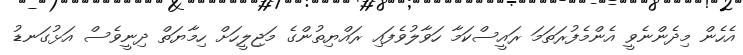
އެހެން މިދެންނެވީ އެންމެފުރަތަމަ ރައީސްކަމާ ހަވާލުވެފައި ރައްޔިތުންގެ މަޖިލީހަށް ހިމާޔަތް ދިނީވެސް އަޅުގަނޑު